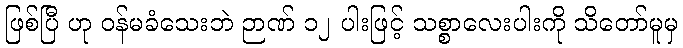
ဖြစ်ပြီ ဟု ဝန်မခံသေးဘဲ ဉာဏ် ၁၂ ပါးဖြင့် သစ္စာလေးပါးကို သိတော်မူမှ